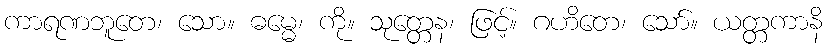
ကာရဏဘူတေ၊ သော။ ဓမ္မေ၊ ကို။ သုတ္တေန၊ ဖြင့်။ ဂဟိတေ၊ သော်။ ယတ္တကာနိ